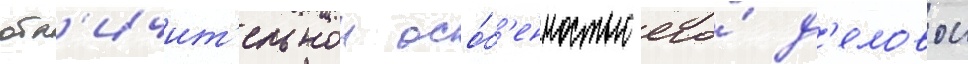
отл'ичит'ельнои осо́б'енностью его́ д'еловои